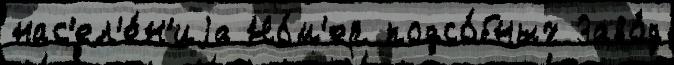
нас'ел'е́н'иjа Но́м'ер подсо́бных Заво́д